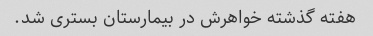
هفته گذشته خواهرش در بیمارستان بستری شد.